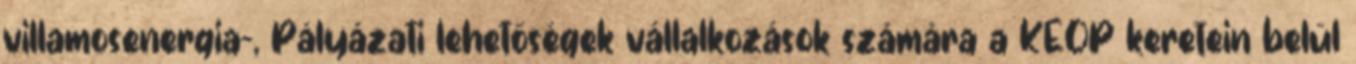
villamosenergia-, Pályázati lehetőségek vállalkozások számára a KEOP keretein belül